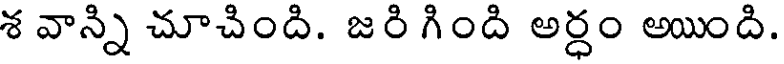
శ వాన్ని చూచింది. జరి గింది అర్ధం అయింది.